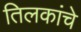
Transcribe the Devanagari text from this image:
तिलकांचे